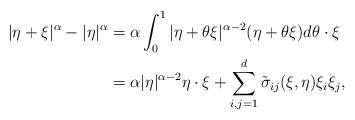
LaTeX: \begin{align*}|\eta+\xi|^{\alpha} - |\eta|^{\alpha} & = \alpha \int_0^1 |\eta+\theta \xi|^{\alpha-2} (\eta+\theta \xi) d\theta \cdot \xi \\& = \alpha |\eta|^{\alpha-2} \eta \cdot \xi + \sum_{i,j=1}^d \tilde \sigma_{ij} (\xi,\eta) \xi_i \xi_j,\end{align*}